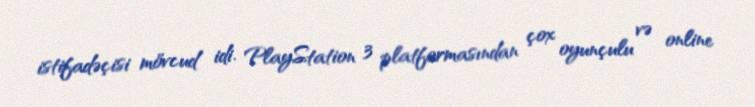
istifadəçisi mövcud idi. PlayStation 3 platformasından çox oyunçulu və online